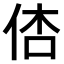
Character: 𠉉